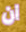
ان